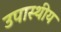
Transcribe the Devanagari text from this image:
उपास्थीय